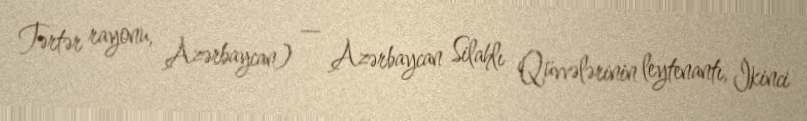
Tərtər rayonu, Azərbaycan) — Azərbaycan Silahlı Qüvvələrinin leytenantı, İkinci